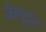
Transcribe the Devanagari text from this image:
जेस्यूईट